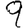
Digit: 9